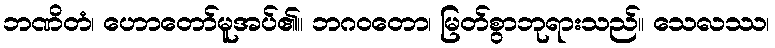
ဘဏိတံ၊ ဟောတော်မူအပ်၏။ ဘဂဝတော၊ မြတ်စွာဘုရားသည်။ သေလဿ၊